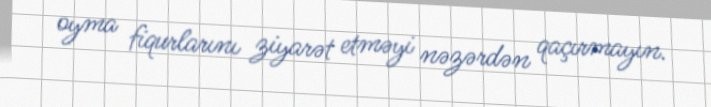
oyma fiqurlarını ziyarət etməyi nəzərdən qaçırmayın.